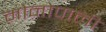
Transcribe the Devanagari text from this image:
मोनोपाली